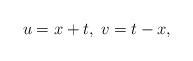
LaTeX: \begin{align*} u= x+t,\; v= t-x,\end{align*}